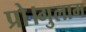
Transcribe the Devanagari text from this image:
प्रो।गुलाम